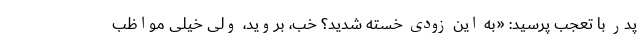
پدر با تعجّب پرسید: «به این زودی خسته شدید؟ خب، بروید، ولی خیلی مواظب